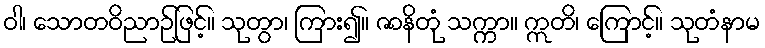
ဝါ၊ သောတဝိညာဉ်ဖြင့်။ သုတွာ၊ ကြား၍။ ဇာနိတုံ သက္ကာ။ ဣတိ၊ ကြောင့်။ သုတံနာမ